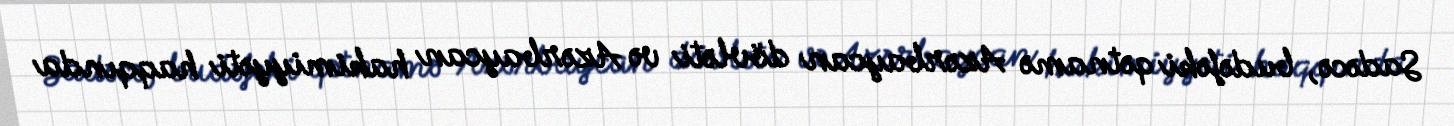
Sadəcə, budəfəki qətnamə Azərbaycan dövləti və Azərbaycan hakimiyyəti haqqında